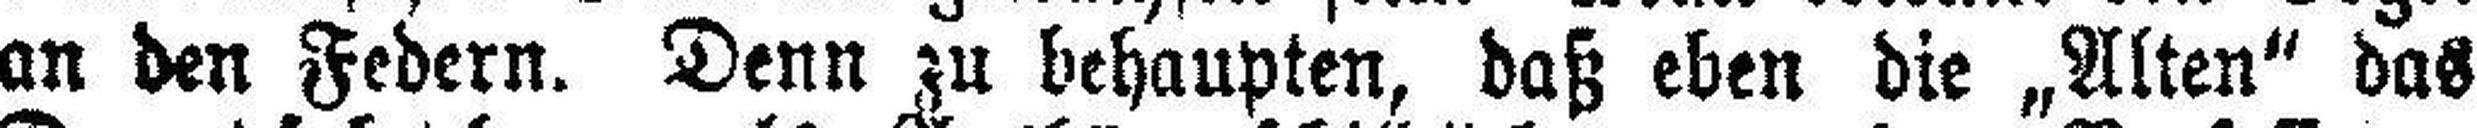
an den Federn. Denn zu behaupten, daß eben die „Alten“ das